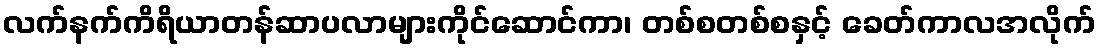
လက်နက်ကိရိယာတန်ဆာပလာများကိုင်ဆောင်ကာ၊ တစ်စတစ်စနှင့် ခေတ်ကာလအလိုက်